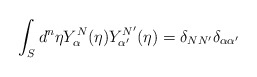
\begin{align*}\int_S d^{n}{\eta}Y_{\alpha}^N(\eta)Y_{\alpha'}^{N'}(\eta) =\delta_{NN'}\delta_{\alpha \alpha'}\end{align*}